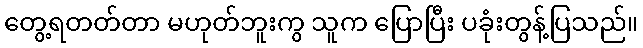
တွေ့ရတတ်တာ မဟုတ်ဘူးကွ သူက ပြောပြီး ပခုံးတွန့်ပြသည်။